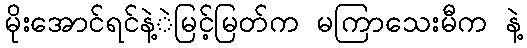
မိုးအောင်ရင်နဲ့ဲမြင့်မြတ်က မကြာသေးမီက နဲ့